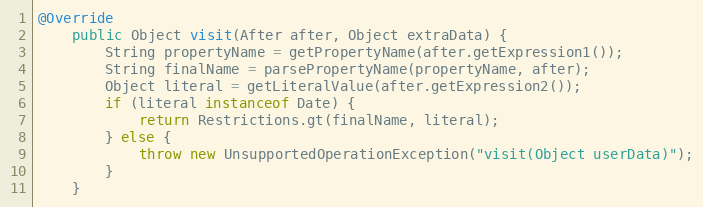
Language: Java
@Override
	public Object visit(After after, Object extraData) {
		String propertyName = getPropertyName(after.getExpression1());
		String finalName = parsePropertyName(propertyName, after);
		Object literal = getLiteralValue(after.getExpression2());
		if (literal instanceof Date) {
			return Restrictions.gt(finalName, literal);
		} else {
			throw new UnsupportedOperationException("visit(Object userData)");
		}
	}